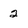
Character: 2